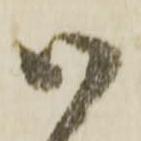
御